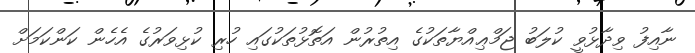
ނާއިފު ވިދާޅުވީ ކުލަބު ޖަމްޢިއްޔާތަކުގެ އިތުރުން އަތޮޅުތަކުގައި ހުރި ކުޅިވަރުގެ އެހެން ކަންކަމަށް